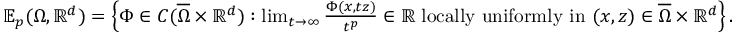
\begin{array} { r } { \mathbb { E } _ { p } ( \Omega , \mathbb { R } ^ { d } ) = \left\{ \Phi \in C ( \overline { { \Omega } } \times \mathbb { R } ^ { d } ) : \operatorname* { l i m } _ { t \to \infty } \frac { \Phi ( x , t z ) } { t ^ { p } } \in \mathbb { R } \mathrm { ~ l o c a l l y ~ u n i f o r m l y ~ i n ~ } ( x , z ) \in \overline { { \Omega } } \times \mathbb { R } ^ { d } \right\} . } \end{array}